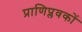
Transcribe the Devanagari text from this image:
प्राणिप्लवकों